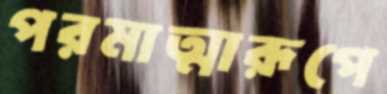
পরমাত্মারূপে